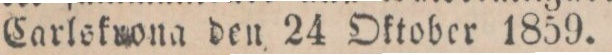
Carlskwona den 24 Oktober 1859.